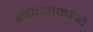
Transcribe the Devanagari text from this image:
खवैयांमध्ये